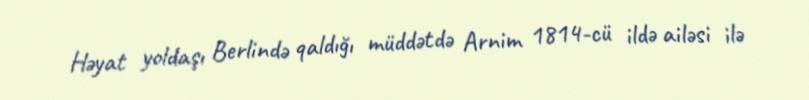
Həyat yoldaşı Berlində qaldığı müddətdə Arnim 1814-cü ildə ailəsi ilə